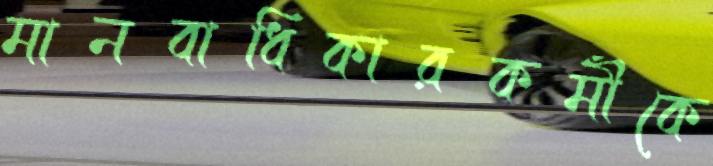
মানবাধিকারকর্মীকে